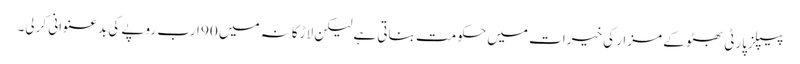
پیپلزپارٹی بھٹو کے مزار کی خیرات میں حکومت بناتی ہے لیکن لاڑکانہ میں 90 ارب روپے کی بدعنوانی کرلی۔